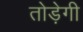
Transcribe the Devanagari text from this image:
तोड़ेगी